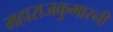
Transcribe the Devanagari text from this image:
महाराजकुमारनी